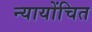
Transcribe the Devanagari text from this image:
न्‍यायोंचित